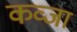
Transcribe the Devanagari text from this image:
कव्जा